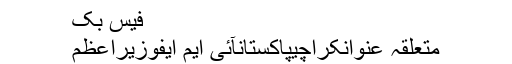
فیس بک
متعلقہ عنوانکراچیپاکستانآئی ایم ایفوزیراعظم